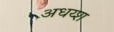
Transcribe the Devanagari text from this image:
अधय्श